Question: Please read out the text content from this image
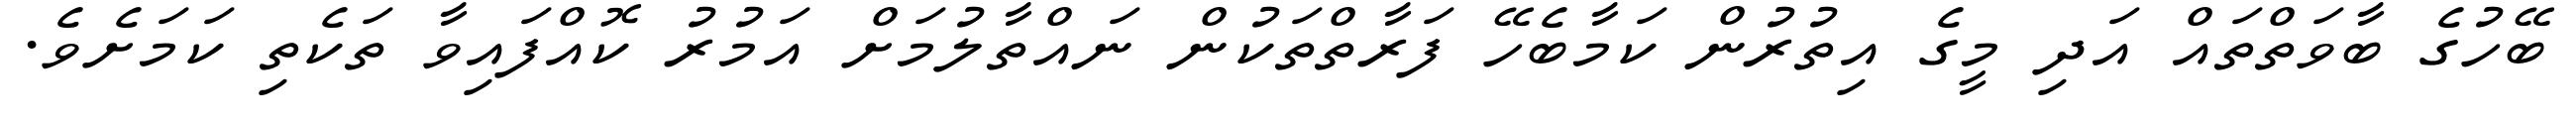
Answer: ބޭހުގެ ބާވަތްތައް އަދި މީގެ އިތުރުން ކަމާބެހޭ ފަރާތްތަކުން ނައްތާލުމަށް އަމުރު ކޮއްފައިވާ ތަކެތި ކަމަށެވެ.